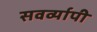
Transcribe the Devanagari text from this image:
सवर्व्यापी